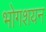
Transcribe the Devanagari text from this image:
भोगशयन